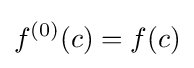
f^{(0)}(c)=f(c)